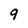
Character: q